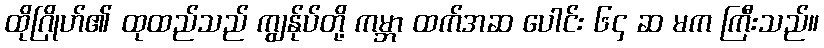
ထိုဂြိုဟ်၏ ထုထည်သည် ကျွန်ုပ်တို့ ကမ္ဘာ ထက်အဆ ပေါင်း ၆၄ ဆ မက ကြီးသည်။